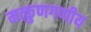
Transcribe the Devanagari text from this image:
मत्कुणगणीय